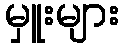
မှူးများ